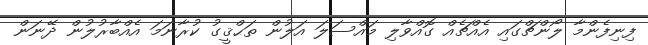
ފިނިފެންމާ ލޯންޗްގައި އެއްޗެއް ގޮއްވާލި މައްސަލަ އަލުން ތަޙްޤީގު ކުރާނަމަ އެއްބާރުލުން ދޭނަން